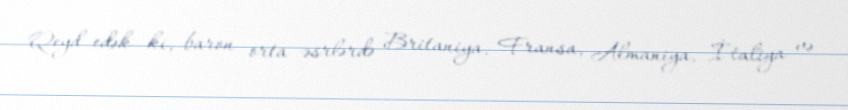
Qeyd edək ki, baron orta əsrlərdə Britaniya, Fransa, Almaniya, İtaliya və